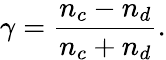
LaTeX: \gamma=\frac{n_{c}-n_{d}}{n_{c}+n_{d}}.